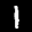
Label: 1